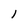
Character: 1